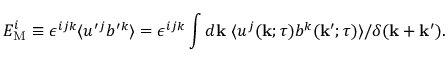
E _ { \mathrm { { M } } } ^ { i } \equiv \epsilon ^ { i j k } \langle { u ^ { \prime } { } ^ { j } b ^ { \prime } { } ^ { k } } \rangle = \epsilon ^ { i j k } \int d { \bf { k } } \ \langle { u ^ { j } ( { \bf { k } } ; \tau ) b ^ { k } ( { \bf { k } } ^ { \prime } ; \tau ) } \rangle / \delta ( { \bf { k } } + { \bf { k } } ^ { \prime } ) .